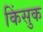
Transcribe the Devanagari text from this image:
किंसुक